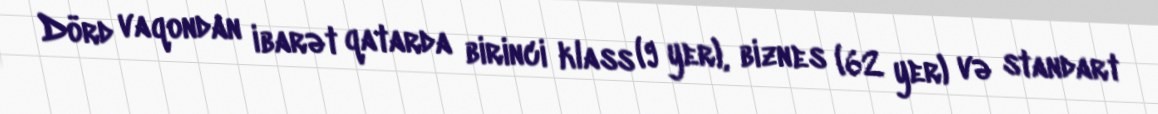
Dörd vaqondan ibarət qatarda birinci klass (9 yer), biznes (62 yer) və standart